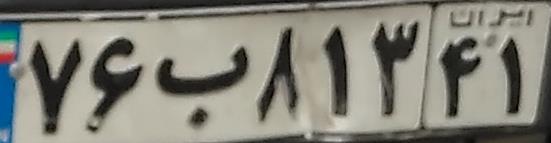
۷۶ب۸۱۳۴۱